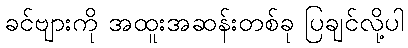
ခင်ဗျားကို အထူးအဆန်းတစ်ခု ပြချင်လို့ပါ